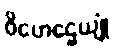
ဝိဟေဌေယျုံ